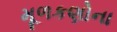
મૂળકણોના